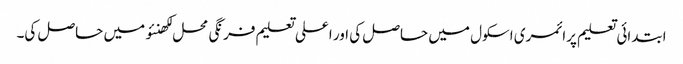
ابتدائی تعلیم پرائمری اسکول میں حاصل کی اور اعلی تعلیم فرنگی محل لکھنئو میں حاصل کی۔